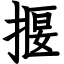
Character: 揠